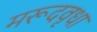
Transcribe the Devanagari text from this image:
मरूदवृधा